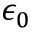
\epsilon _ { 0 }